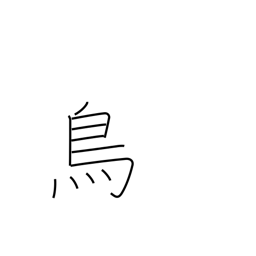
Meaning: chicken